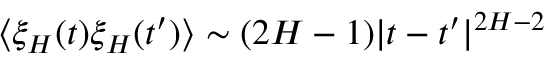
\langle \xi _ { H } ( t ) \xi _ { H } ( t ^ { \prime } ) \rangle \sim ( 2 H - 1 ) | t - t ^ { \prime } | ^ { 2 H - 2 }